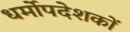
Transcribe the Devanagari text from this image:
धर्मोपदेशकों